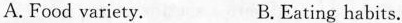
A.Food variety. B.Eating habits.